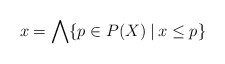
\begin{align*}x=\bigwedge\{p\in P(X)\:|\:x\le p\}\end{align*}